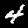
Label: 4